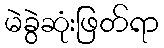
မဲခွဲဆုံးဖြတ်ရာ